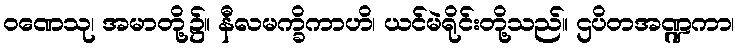
ဝဏေသု၊ အမာတို့၌။ နီလမက္ခိကာဟိ၊ ယင်မဲရိုင်းတို့သည်။ ဌပိတအဏ္ဍကာ၊